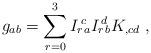
LaTeX: \begin{align*}g_{ab} = \sum_{r=0}^3 I_{r}{\!}^c{\!}_a I_{r}{\!}^d{\!}_b K_{,cd}\ ,\end{align*}